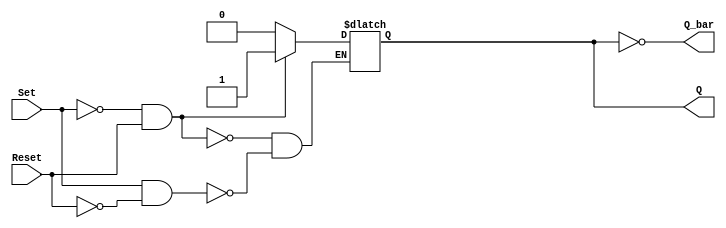
module sr_flip_flop(input Set, input Reset, output reg Q, output reg Q_bar);

always @ (Set, Reset)
begin
    if (Set == 0 && Reset == 1)
        Q <= 1;
    else if (Set == 1 && Reset == 0)
        Q <= 0;
end

assign Q_bar = ~Q;

endmodule